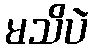
မသိပဲ